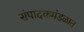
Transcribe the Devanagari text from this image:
संपादकमंडळात